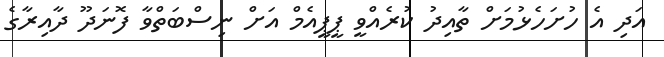
އަދި އެ ހުށަހެޅުމަށް ތާއިދު ކުރެއްވީ ޕީޕީއެމް އަށް ނިސްބަތްވާ ފޮނަދޫ ދާއިރާގެ